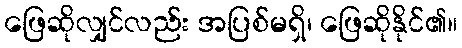
ဖြေဆိုလျှင်လည်း အပြစ်မရှိ၊ ဖြေဆိုနိုင်၏။